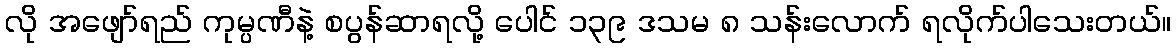
လို အဖျော်ရည် ကုမ္ပဏီနဲ့ စပွန်ဆာရလို့ ပေါင် ၁၃၉ ဒသမ ၈ သန်းလောက် ရလိုက်ပါသေးတယ်။